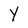
Character: Y